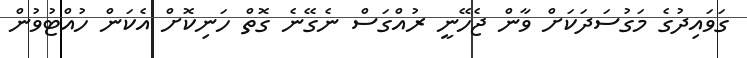
ގަވައިދުގެ މަގުސަދަކަށް ވާން ޖެހޭނީ ރުއްގަސް ނެގޭނެ ގޮތް ހަނިކޮށް އެކަން ހުއްޓުވުން